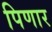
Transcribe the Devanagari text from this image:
पिणार